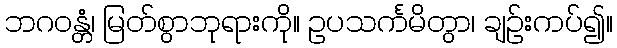
ဘဂဝန္တံ၊ မြတ်စွာဘုရားကို။ ဥပသင်္ကမိတွာ၊ ချဉ်းကပ်၍။